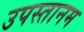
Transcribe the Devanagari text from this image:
उपस्तानम